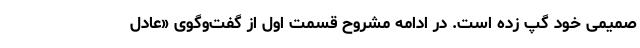
صمیمی خود گپ زده است. در ادامه مشروح قسمت اول از گفت‌و‌گوی «عادل